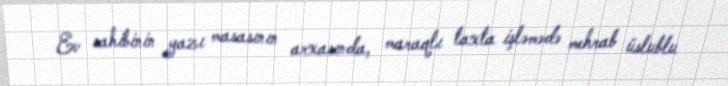
Ev sahibinin yazı masasının arxasında, maraqlı taxta işləmədə mehrab üslublu